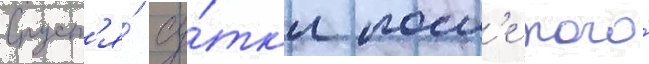
Спуст'я́ су́тк'и посл'е того́